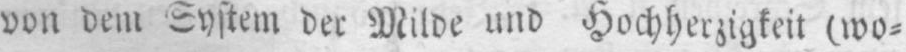
von dem System der Milde und Hochherzigkeit (wo⸗